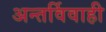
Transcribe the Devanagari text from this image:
अन्तर्विवाही